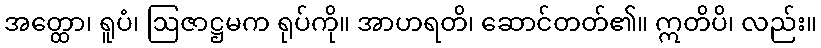
အတ္ထော၊ ရူပံ၊ ဩဇာဋ္ဌမက ရုပ်ကို။ အာဟရတိ၊ ဆောင်တတ်၏။ ဣတိပိ၊ လည်း။